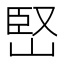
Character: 𡹩